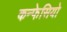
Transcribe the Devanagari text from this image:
कन्फेसियो